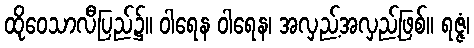
ထိုဝေသာလီပြည်၌။ ဝါရေန ဝါရေန၊ အလှည့်အလှည့်ဖြစ်။ ရဇ္ဇံ၊